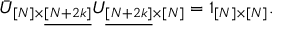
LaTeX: \bar { U } _ { [ N ] \times \underline { { { [ N + 2 k ] } } } } U _ { \underline { { { [ N + 2 k ] } } } \times [ N ] } = 1 _ { [ N ] \times [ N ] } .